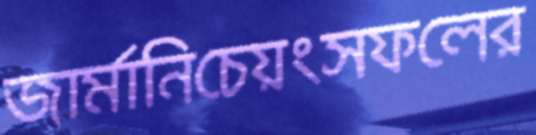
জার্মানিচেয়ংসফলের